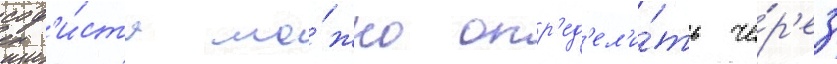
соф'и́ста мо́жно опр'ед'ел'и́ть че́р'ез